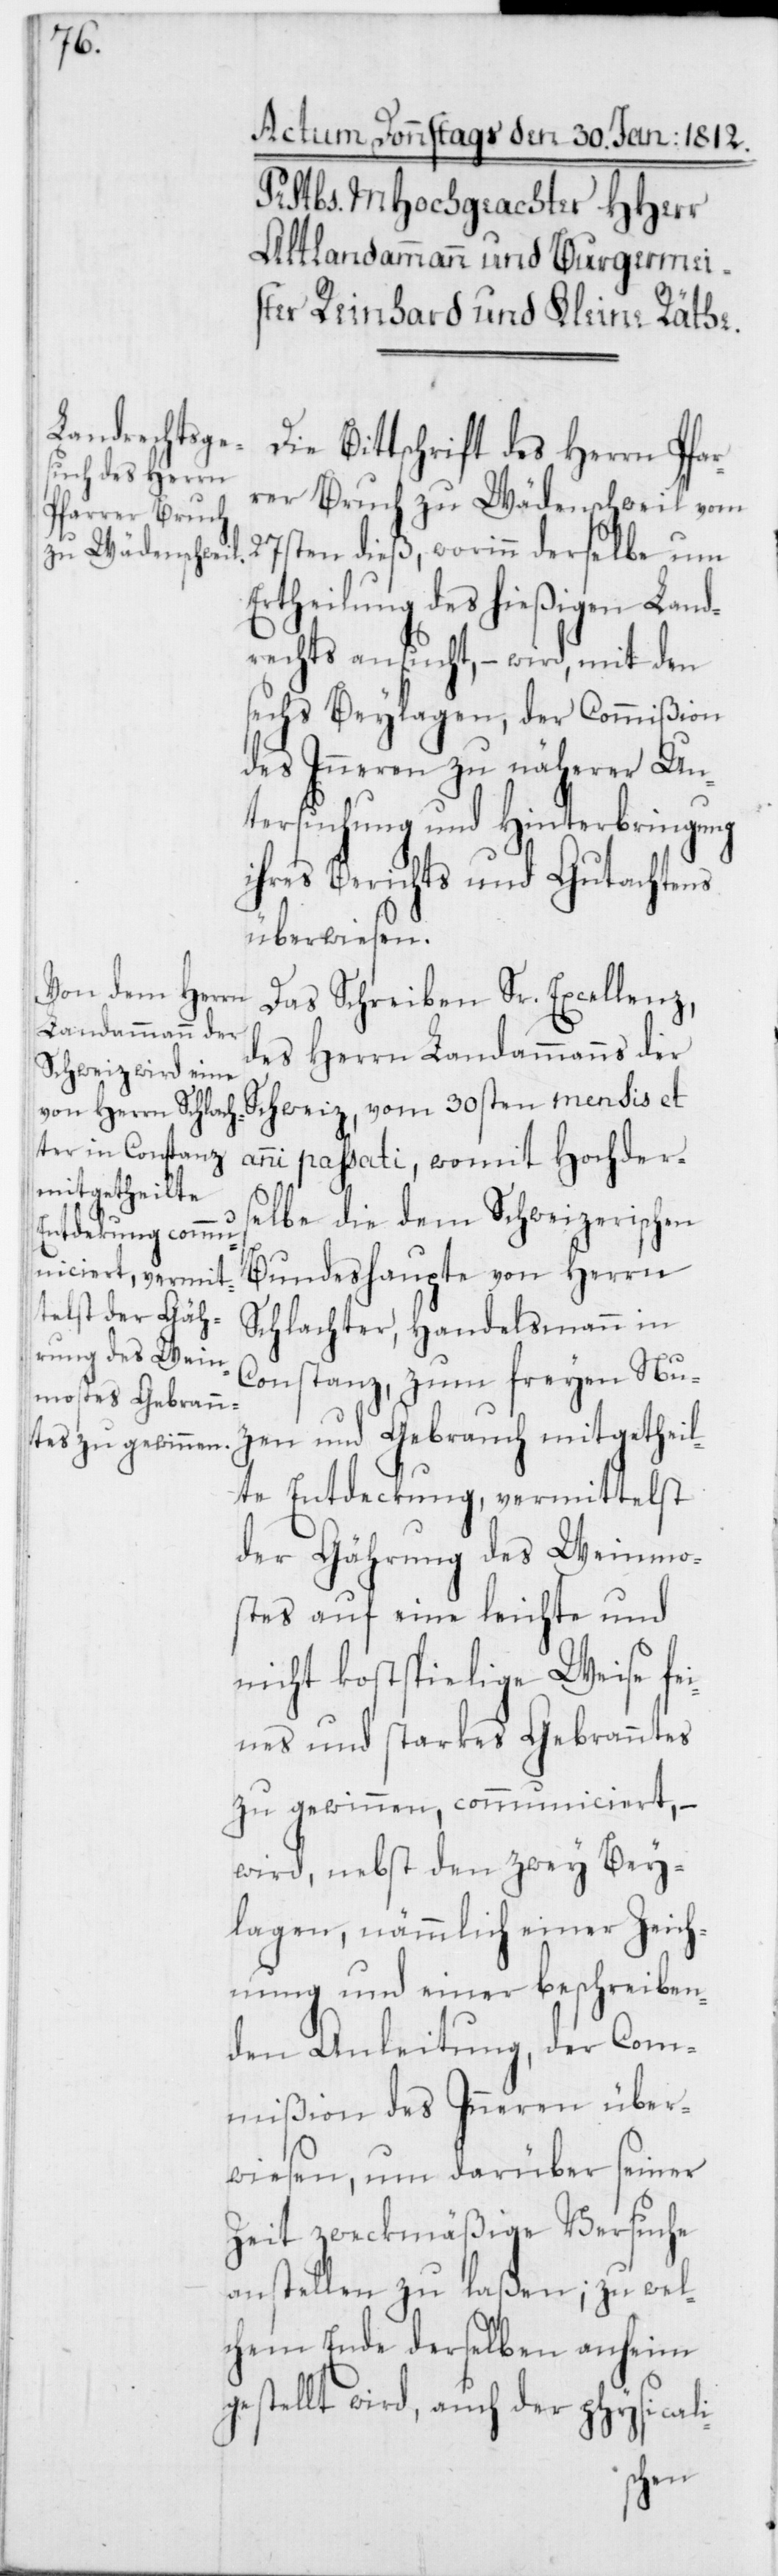
Die Bittschrift des Herrn Pfar¬
rer Bruch zu Wädenschweil vom
27sten dieß, worinn derselbe um
Ertheilung des hießigen Land¬
rechts ansucht, – wird, mit den
sechs Beylagen, der Commißion
des Inneren zu näherer Un¬
tersuchung und Hinterbringung
ihres Berichts und Gutachtens
überwiesen.
Das Schreiben Sr. Excellenz,
des Herrn Landammanns der
Schweiz, vom 30sten mensis et
anni passati, womit Hochders¬
elbe die dem Schweizerischen
Bundeshaupte von Herrn
Schlachter, Handelsmann in
Constanz, zum freyen Nu¬
zen und Gebrauch mitgetheil¬
te Entdeckung, vermittelst
der Gährung des Weinmo¬
stes auf eine leichte und
nicht kostspielige Weise fei¬
nes und starkes Gebranntes
zu gewinnen, communiciert, –
wird, nebst den zwey Bey¬
lagen, nämmlich einer Zeich¬
nung und einer beschreiben¬
den Anleitung, der Com¬
mißion des Inneren über¬
wiesen, um darüber seiner
Zeit zweckmäßige Versuche
anstellen zu laßen; zu wel¬
chem Ende derselben anheim
gestellt wird, auch der physicali-